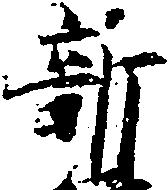
新